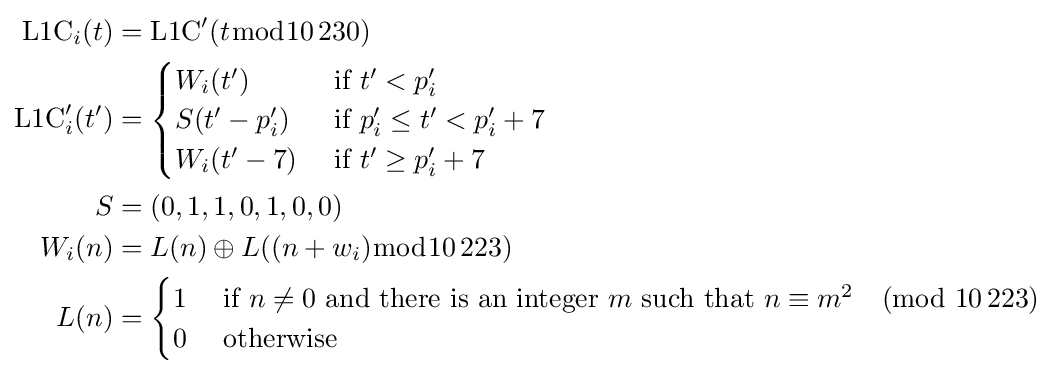
{\begin{aligned}{\text{L1C}}_{i}(t)&={\text{L1C}}'(t{\bmod {10\,230}})\\{\text{L1C}}'_{i}(t')&={\begin{cases}W_{i}(t')&{\text{ if }}t'<p'_{i}\\S(t'-p'_{i})&{\text{ if }}p'_{i}\leq t'<p'_{i}+7\\W_{i}(t'-7)&{\text{ if }}t'\geq p'_{i}+7\\\end{cases}}\\S&=(0,1,1,0,1,0,0)\\W_{i}(n)&=L(n)\oplus L((n+w_{i}){\bmod {10\,223}})\\L(n)&={\begin{cases}1&{\text{ if }}n\neq 0{\text{ and there is an integer }}m{\text{ such that }}n\equiv m^{2}{\pmod {10\,223}}\\0&{\text{ otherwise}}\\\end{cases}}\end{aligned}}